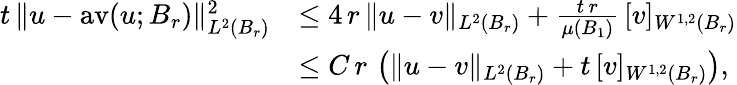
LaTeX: \begin{array}{rl}{t\, \| u-\mathrm{av}(u;B_{r})\| _{L^{2}(B_{r})}^{2}}&{\le 4\, r\, \| u-v\| _{L^{2}(B_{r})}+\frac{t\, r}{\mu(B_{1})}\, [v]_{W^{1,2}(B_{r})}}\\ &{\le C\, r\, \left(\| u-v\| _{L^{2}(B_{r})}+t\, [v]_{W^{1,2}(B_{r})}\right),}\end{array}